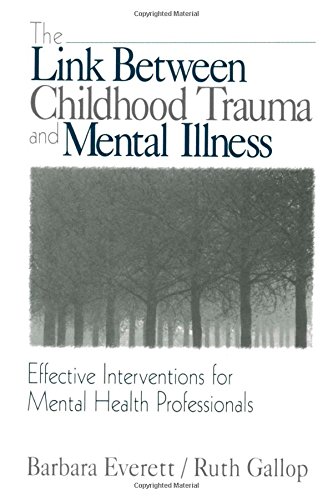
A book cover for The Link Between Childhood Trauma and Mental Illness: Effective Interventions for Mental Health Professionals; Barbara Everett; Politics & Social Sciences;